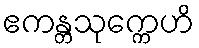
ဧကန္တသုက္ကေဟိ